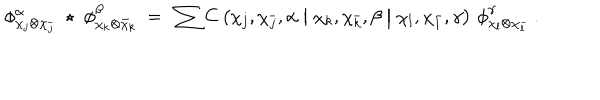
\phi _ { \chi _ { j } \otimes \chi _ { \bar { j } } } ^ { \alpha } \; \star \; \phi _ { \chi _ { k } \otimes \bar { \chi } _ { k } } ^ { \beta } \ = \ \sum C \left( \chi _ { j } , \chi _ { \bar { j } } , \alpha \bigm | \chi _ { k } , \chi _ { \bar { k } } , \beta \bigm | \chi _ { l } , \chi _ { \bar { l } } , \gamma \right) \, \phi _ { \chi _ { l } \otimes \chi _ { \bar { l } } } ^ { \gamma } \ .